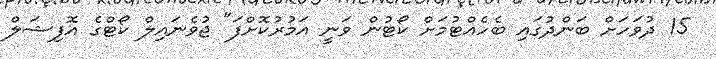
15 ދުވަހަށް ބަންދުގައި ބެހެއްޓުމަށް ކޯޓުން ވަނީ އަމުރުކޮށްފަ" ޖުވެނައިލް ކޯޓްގެ އޮފިޝަލް